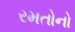
રમતોનો